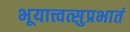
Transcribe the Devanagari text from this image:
भूयात्त्वत्सुप्रभातं